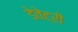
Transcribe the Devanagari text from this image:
डेवेट्री